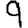
Digit: 9